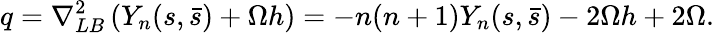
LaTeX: q=\nabla_{LB}^{2}\left(Y_{n}(s,\bar{s})+\Omega h\right)=-n(n+1)Y_{n}(s,\bar{s})-2\Omega h+2\Omega.